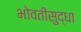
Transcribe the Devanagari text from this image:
भोवतीसुद्धा